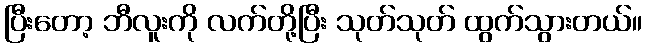
ပြီးတော့ ဘီလူးကို လက်တို့ပြီး သုတ်သုတ် ထွက်သွားတယ်။